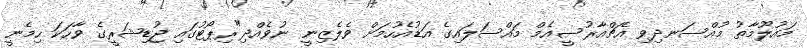
މައުލޫމާތު މުއްސަނދިވި އެޗްއާރުސީއެމް މައްސަލައިގެ އަޑުއެހުމަށް ވެލެޒިނީ ނުވެއްދި"ރިޕޯޓުގައި ޖުޑިޝަރީގެ ވާހަކަ ހިމެނީ